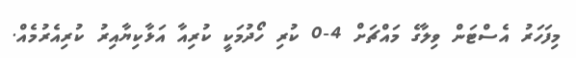
މިފަހަރު އެސްޓަން ވިލާގެ މައްޗަށް 4-0 ކުރި ހޯދުމަކީ ކުރިއާ އަޅާކިޔާއިރު ކުރިއެރުމެއް.